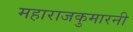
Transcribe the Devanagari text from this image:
महाराजकुमारनी